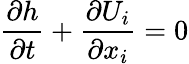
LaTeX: \frac{\partial h}{\partial t}+\frac{\partial{{U}_{i}}}{\partial{{x}_{i}}}=0